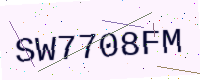
Text: SW7708FM